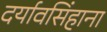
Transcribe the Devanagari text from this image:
दर्यावसिंहाना